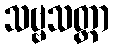
သဗ္ဗသတ္တာ